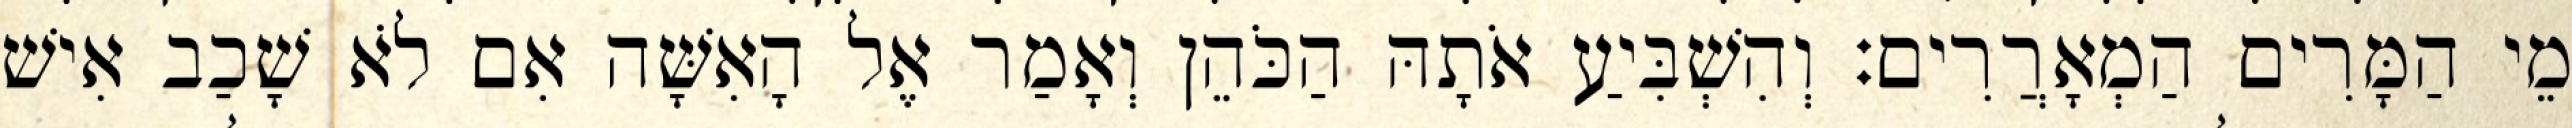
מֵי הַמָּרִים הַמְאָרֲרִים׃ וְהִשְׁבִּיעַ אֹתָהּ הַכֹּהֵן וְאָמַר אֶל הָאִשָּׁה אִם לֹא שָׁכַב אִישׁ